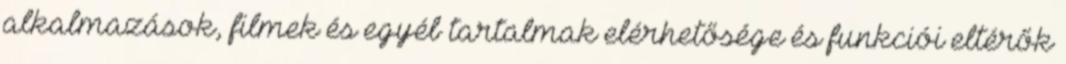
alkalmazások, filmek és egyéb tartalmak elérhetősége és funkciói eltérők